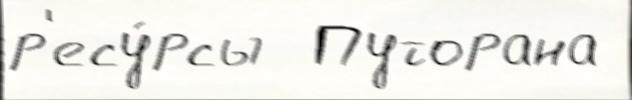
р'есу́рсы  Путорана